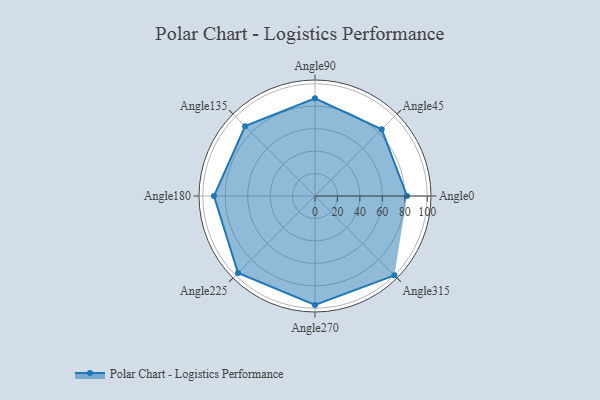
{"axis": {"x": "Angle", "y": "Radius"}, "legend": [""], "data": [{"x": "Angle0", "y": 82.0, "type": ""}, {"x": "Angle45", "y": 84.0, "type": ""}, {"x": "Angle90", "y": 87.0, "type": ""}, {"x": "Angle135", "y": 88.0, "type": ""}, {"x": "Angle180", "y": 90.0, "type": ""}, {"x": "Angle225", "y": 97.0, "type": ""}, {"x": "Angle270", "y": 97.0, "type": ""}, {"x": "Angle315", "y": 100.0, "type": ""}]}